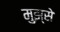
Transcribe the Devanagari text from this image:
मुझ्से